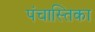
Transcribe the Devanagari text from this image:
पंचास्तिका